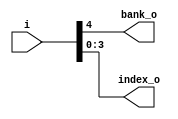
// This program was cloned from: https://github.com/NYU-MLDA/OpenABC
// License: BSD 3-Clause "New" or "Revised" License

module bsg_hash_bank_banks_p2_width_p5
(
  i,
  bank_o,
  index_o
);

  input [4:0] i;
  output [0:0] bank_o;
  output [3:0] index_o;
  wire [0:0] bank_o;
  wire [3:0] index_o;
  wire index_o_3_,index_o_2_,index_o_1_,index_o_0_;
  assign bank_o[0] = i[4];
  assign index_o_3_ = i[3];
  assign index_o[3] = index_o_3_;
  assign index_o_2_ = i[2];
  assign index_o[2] = index_o_2_;
  assign index_o_1_ = i[1];
  assign index_o[1] = index_o_1_;
  assign index_o_0_ = i[0];
  assign index_o[0] = index_o_0_;

endmodule